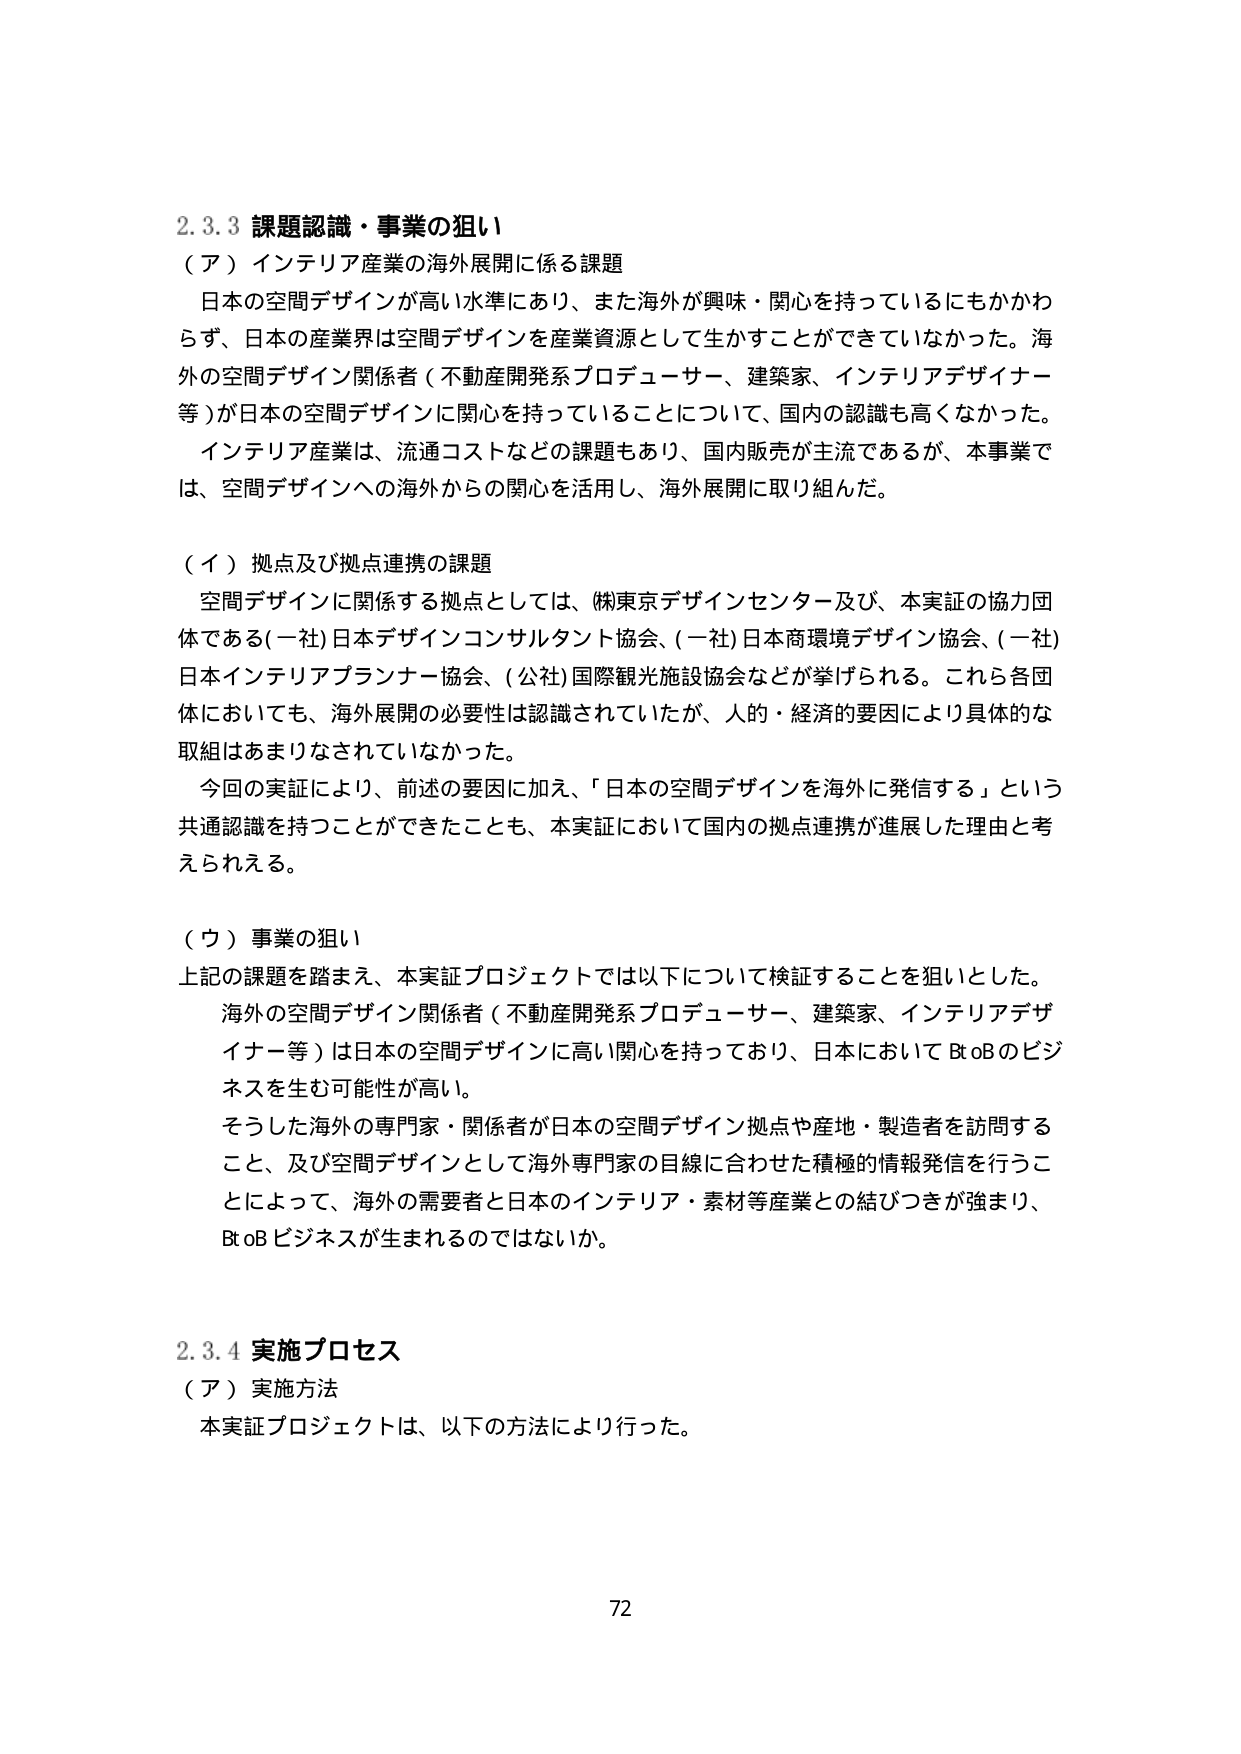
2.3.3 課題認識・事業の狙い
（ア）インテリア産業の海外展開に係る課題
日本の空間デザインが高い水準にあり、また海外が興味・関心を持っているにもかかわらず、日本の産業界は空間デザインを産業資源として生かすことができていなかった。海外の空間デザイン関係者（不動産開発系プロデューサー、建築家、インテリアデザイナー等）が日本の空間デザインに関心を持っていることについて、国内の認識も高くなかった。
インテリア産業は、流通コストなどの課題もあり、国内販売が主流であるが、本事業では、空間デザインへの海外からの関心を活用し、海外展開に取り組んだ。

（イ）拠点及び拠点連携の課題
空間デザインに関係する拠点としては、(株)東京デザインセンター及び、本実証の協力団体である(一社)日本デザインコンサルタント協会、(一社)日本商環境デザイン協会、(一社)日本インテリアプランナー協会、(公社)国際観光施設協会などが挙げられる。これら各団体においても、海外展開の必要性は認識されていたが、人的・経済的要因により具体的な取組はあまりなされていなかった。
今回の実証により、前述の要因に加え、「日本の空間デザインを海外に発信する」という共通認識を持つことができたことも、本実証において国内の拠点連携が進展した理由と考えられる。

（ウ）事業の狙い
上記の課題を踏まえ、本実証プロジェクトでは以下について検証することを狙いとした。
海外の空間デザイン関係者（不動産開発系プロデューサー、建築家、インテリアデザイナー等）は日本の空間デザインに高い関心を持っており、日本において BtoBのビジネスを生む可能性が高い。
そうした海外の専門家・関係者が日本の空間デザイン拠点や産地・製造者を訪問すること、及び空間デザインとして海外専門家の目線に合わせた積極的情報発信を行うことによって、海外の需要者と日本のインテリア・素材等産業との結びつきが強まり、BtoBビジネスが生まれるのではないか。

2.3.4 実施プロセス
（ア）実施方法
本実証プロジェクトは、以下の方法により行った。

72